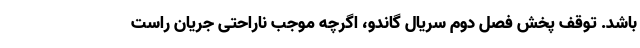
باشد. توقف پخش فصل دوم سریال گاندو، اگرچه موجب ناراحتی جریان راست